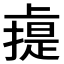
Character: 䶶